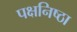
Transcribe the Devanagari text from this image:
पक्षनिष्ठा